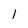
Character: 1